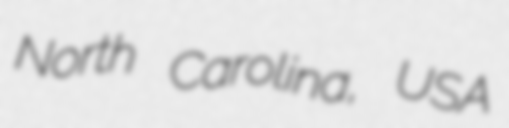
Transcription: North Carolina, USA